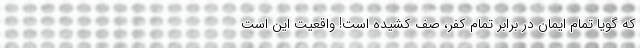
که گویا تمام ایمان در برابر تمام کفر، صف کشیده است! واقعیت این است